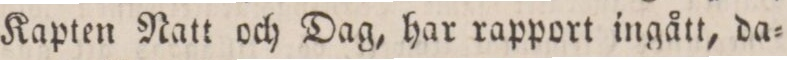
Kapten Natt och Dag, har rapport ingått, da=